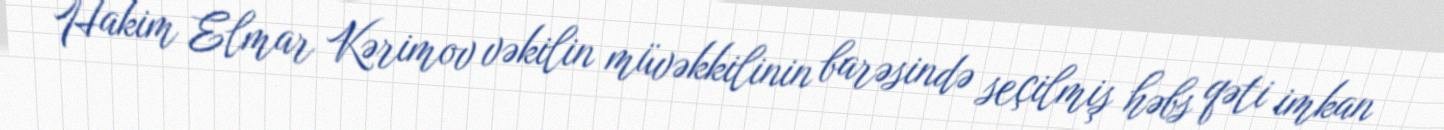
Hakim Elmar Kərimov vəkilin müvəkkilinin barəsində seçilmiş həbs qəti imkan